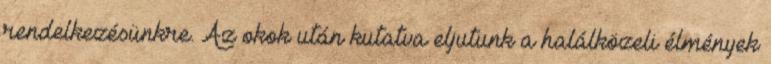
rendelkezésünkre. Az okok után kutatva eljutunk a halálközeli élmények